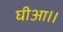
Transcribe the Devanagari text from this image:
घीआ।।